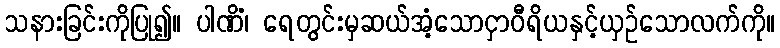
သနားခြင်းကိုပြု၍။ ပါဏိံ၊ ရေတွင်းမှဆယ်အံ့သောငှာဝီရိယနှင့်ယှဉ်သောလက်ကို။